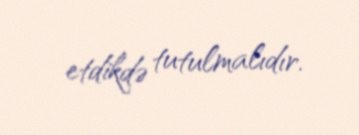
etdikdə tutulmalıdır.